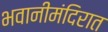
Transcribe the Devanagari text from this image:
भवानीमंदिरात